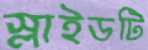
স্লাইডটি